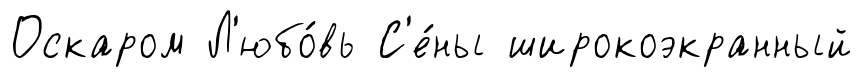
Оскаром Л'юбо́вь С'е́ны широкоэкранный